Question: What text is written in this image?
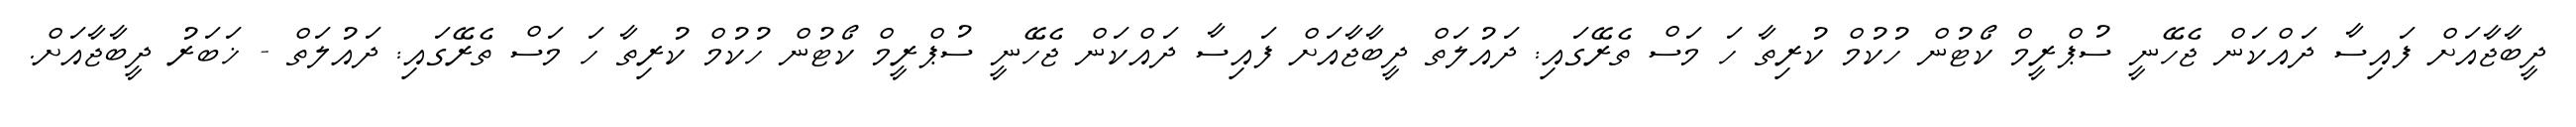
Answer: ދީބާޖާއަށް ފައިސާ ދައްކަން ޖެހޭނީ ސުޕްރީމް ކޯޓުން ހުކުމް ކުރިތާ ހަ މަސް ތެރޭގައި: ދައުލަތް ދީބާޖާއަށް ފައިސާ ދައްކަން ޖެހޭނީ ސުޕްރީމް ކޯޓުން ހުކުމް ކުރިތާ ހަ މަސް ތެރޭގައި: ދައުލަތް - ޚަބަރު ދީބާޖާއަށް.